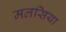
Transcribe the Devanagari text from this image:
मलसिया